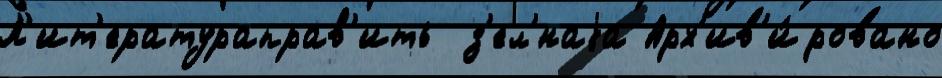
Л'ит'ератураправ'ить  з'ел'́наjа Арх'ив'и́ровано